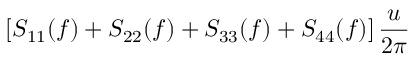
\displaystyle \left[ S _ { 1 1 } ( f ) + S _ { 2 2 } ( f ) + S _ { 3 3 } ( f ) + S _ { 4 4 } ( f ) \right] \frac { u } { 2 \pi }